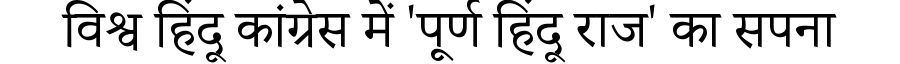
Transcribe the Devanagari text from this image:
विश्व हिंदू कांग्रेस में 'पूर्ण हिंदू राज' का सपना